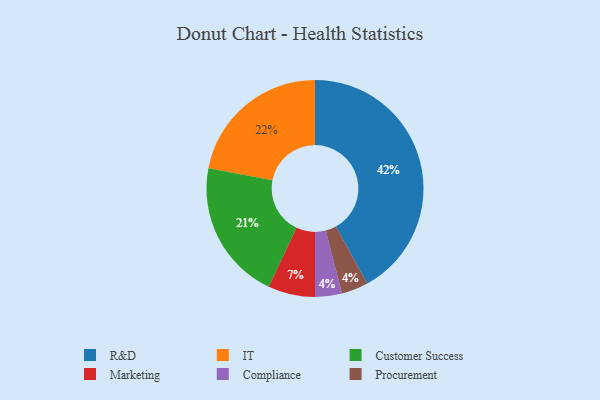
{"axis": {"x": "Category", "y": "Percentage"}, "legend": ["Compliance", "Customer Success", "IT", "Marketing", "Procurement", "R&D"], "data": [{"x": "Customer Success", "y": 21, "type": "Customer Success"}, {"x": "IT", "y": 22, "type": "IT"}, {"x": "Marketing", "y": 7, "type": "Marketing"}, {"x": "R&D", "y": 42, "type": "R&D"}, {"x": "Compliance", "y": 4, "type": "Compliance"}, {"x": "Procurement", "y": 4, "type": "Procurement"}]}